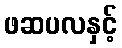
ဖဆပလနှင့်